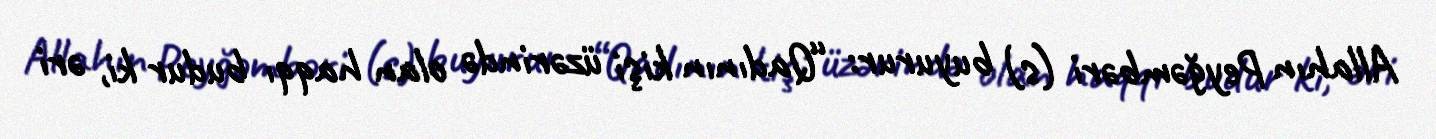
Allahın Peyğəmbəri (s) buyurur: “Qadının kişi üzərində olan haqqı budur ki, əri